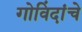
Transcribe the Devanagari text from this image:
गोविंदांचे